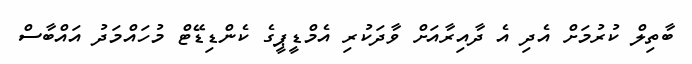
ބާތިލް ކުރުމަށް އެދި އެ ދާއިރާއަށް ވާދަކުރި އެމްޑީޕީގެ ކެންޑިޑޭޓް މުހައްމަދު އައްބާސް